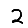
Digit: 2